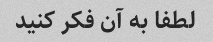
لطفا به آن فکر کنید